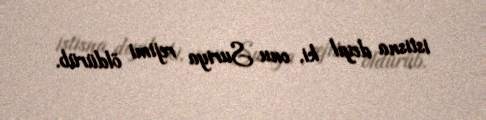
istisna deyil ki, onu Suriya rejimi öldürüb.